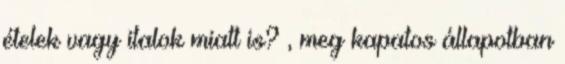
ételek vagy italok miatt is? , meg kapatos állapotban